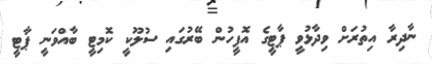
ނާދިރާ އިތުރަށް ވިދާޅުވީ ޕާޓީގެ އޮފީހުން ބޭރުގައި ސުލޫކީ ކޮމިޓީ ބާއްވަނީ ޕާޓީ